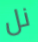
نل